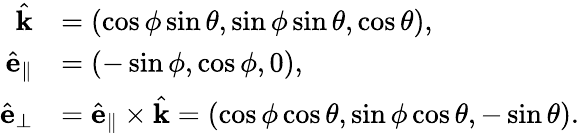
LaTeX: \begin{array}{rl}{\hat{\mathbf{k}}}&{=\left(\cos\phi\sin\theta,\sin\phi\sin\theta,\cos\theta\right),}\\ {\hat{\mathbf{e}}_{\parallel}}&{=\left(-\sin\phi,\cos\phi,0\right),}\\ {\hat{\mathbf{e}}_{\perp}}&{=\hat{\mathbf{e}}_{\parallel}\times\hat{\mathbf{k}}=\left(\cos\phi\cos\theta,\sin\phi\cos\theta,-\sin\theta\right).}\end{array}